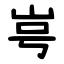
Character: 㞻